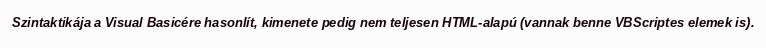
Szintaktikája a Visual Basicére hasonlít, kimenete pedig nem teljesen HTML-alapú (vannak benne VBScriptes elemek is).